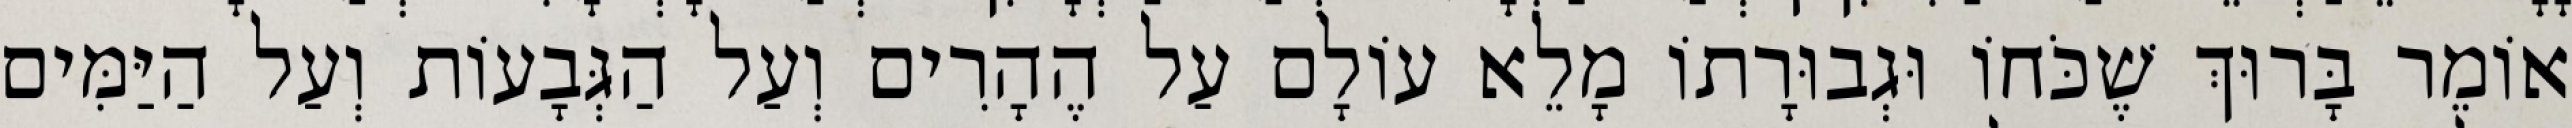
אוֹמֵר בָּרוּךְ שֶׁכֹּחוֹ וּגְבוּרָתוֹ מָלֵא עוֹלָם עַל הֶהָרִים וְעַל הַגְּבָעוֹת וְעַל הַיַּמִּים